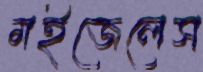
মইজেলেস